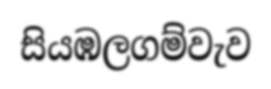
සියඹලගම්වැව